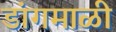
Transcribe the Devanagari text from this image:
डांगमाळी